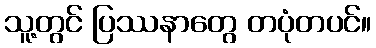
သူ့တွင် ပြဿနာတွေ တပုံတပင်။